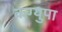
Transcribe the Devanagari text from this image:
कग्युपा